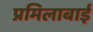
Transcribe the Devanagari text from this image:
प्रमिलाबाई